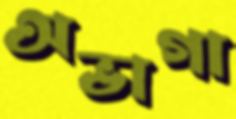
অভাগা